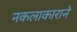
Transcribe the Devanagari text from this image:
नकलाकाराने